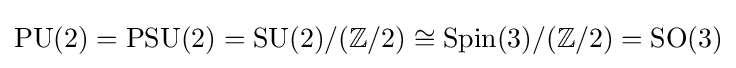
\mathrm {PU} (2)=\mathrm {PSU} (2)=\mathrm {SU} (2)/(\mathbb {Z} /2)\cong \mathrm {Spin} (3)/(\mathbb {Z} /2)=\mathrm {SO} (3)